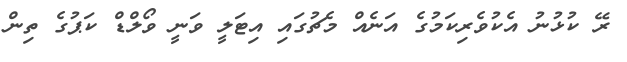
ރޭ ކުޅުނު އެކުވެރިކަމުގެ އަނެއް މެޗުގައި އިޓަލީ ވަނީ ވޯލްޑް ކަޕުގެ ތިން